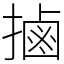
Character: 𢲸